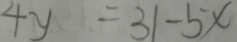
4 y = 3 1 - 5 x